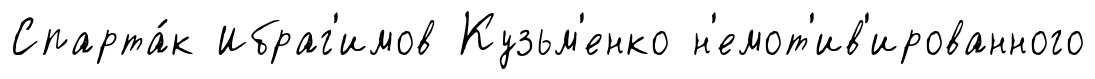
Спарта́к Ибраг'имов Кузьм'енко н'емот'ив'ированного